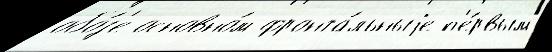
обо́з'е основно́м фронта́льныjе п'е́рвым